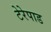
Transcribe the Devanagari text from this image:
टेरेपाड